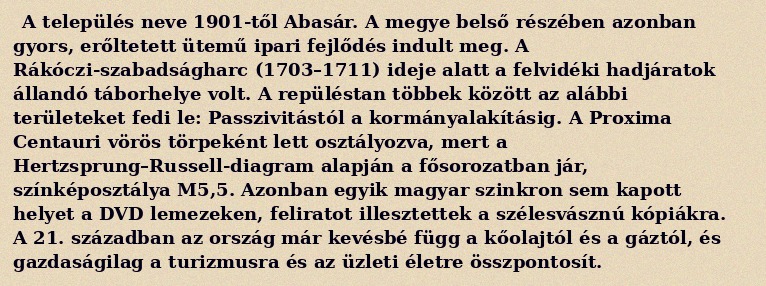
A település neve 1901-től Abasár. A megye belső részében azonban gyors, erőltetett ütemű ipari fejlődés indult meg. A Rákóczi-szabadságharc (1703–1711) ideje alatt a felvidéki hadjáratok állandó táborhelye volt. A repüléstan többek között az alábbi területeket fedi le: Passzivitástól a kormányalakításig. A Proxima Centauri vörös törpeként lett osztályozva, mert a Hertzsprung–Russell-diagram alapján a fősorozatban jár, színképosztálya M5,5. Azonban egyik magyar szinkron sem kapott helyet a DVD lemezeken, feliratot illesztettek a szélesvásznú kópiákra. A 21. században az ország már kevésbé függ a kőolajtól és a gáztól, és gazdaságilag a turizmusra és az üzleti életre összpontosít.